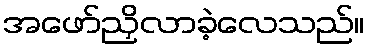
အဖော်ညှိလာခဲ့လေသည်။